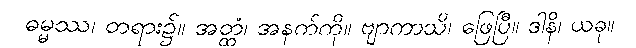
ဓမ္မဿ၊ တရား၌။ အတ္ထံ၊ အနက်ကို။ ဗျာကာသိ၊ ဖြေပြီ။ ဒါနိ၊ ယခု။